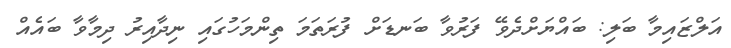
އަލްޒައިމާ ބަލި: ބައްޔަށްދެވޭ ފަރުވާ ބަނޑަށް ފުރަތަމަ ތިންމަހުގައި ނިދާއިރު ދިމާވާ ބައެއް